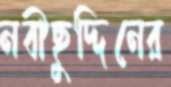
নবীছুদ্দিনের